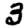
Digit: 3